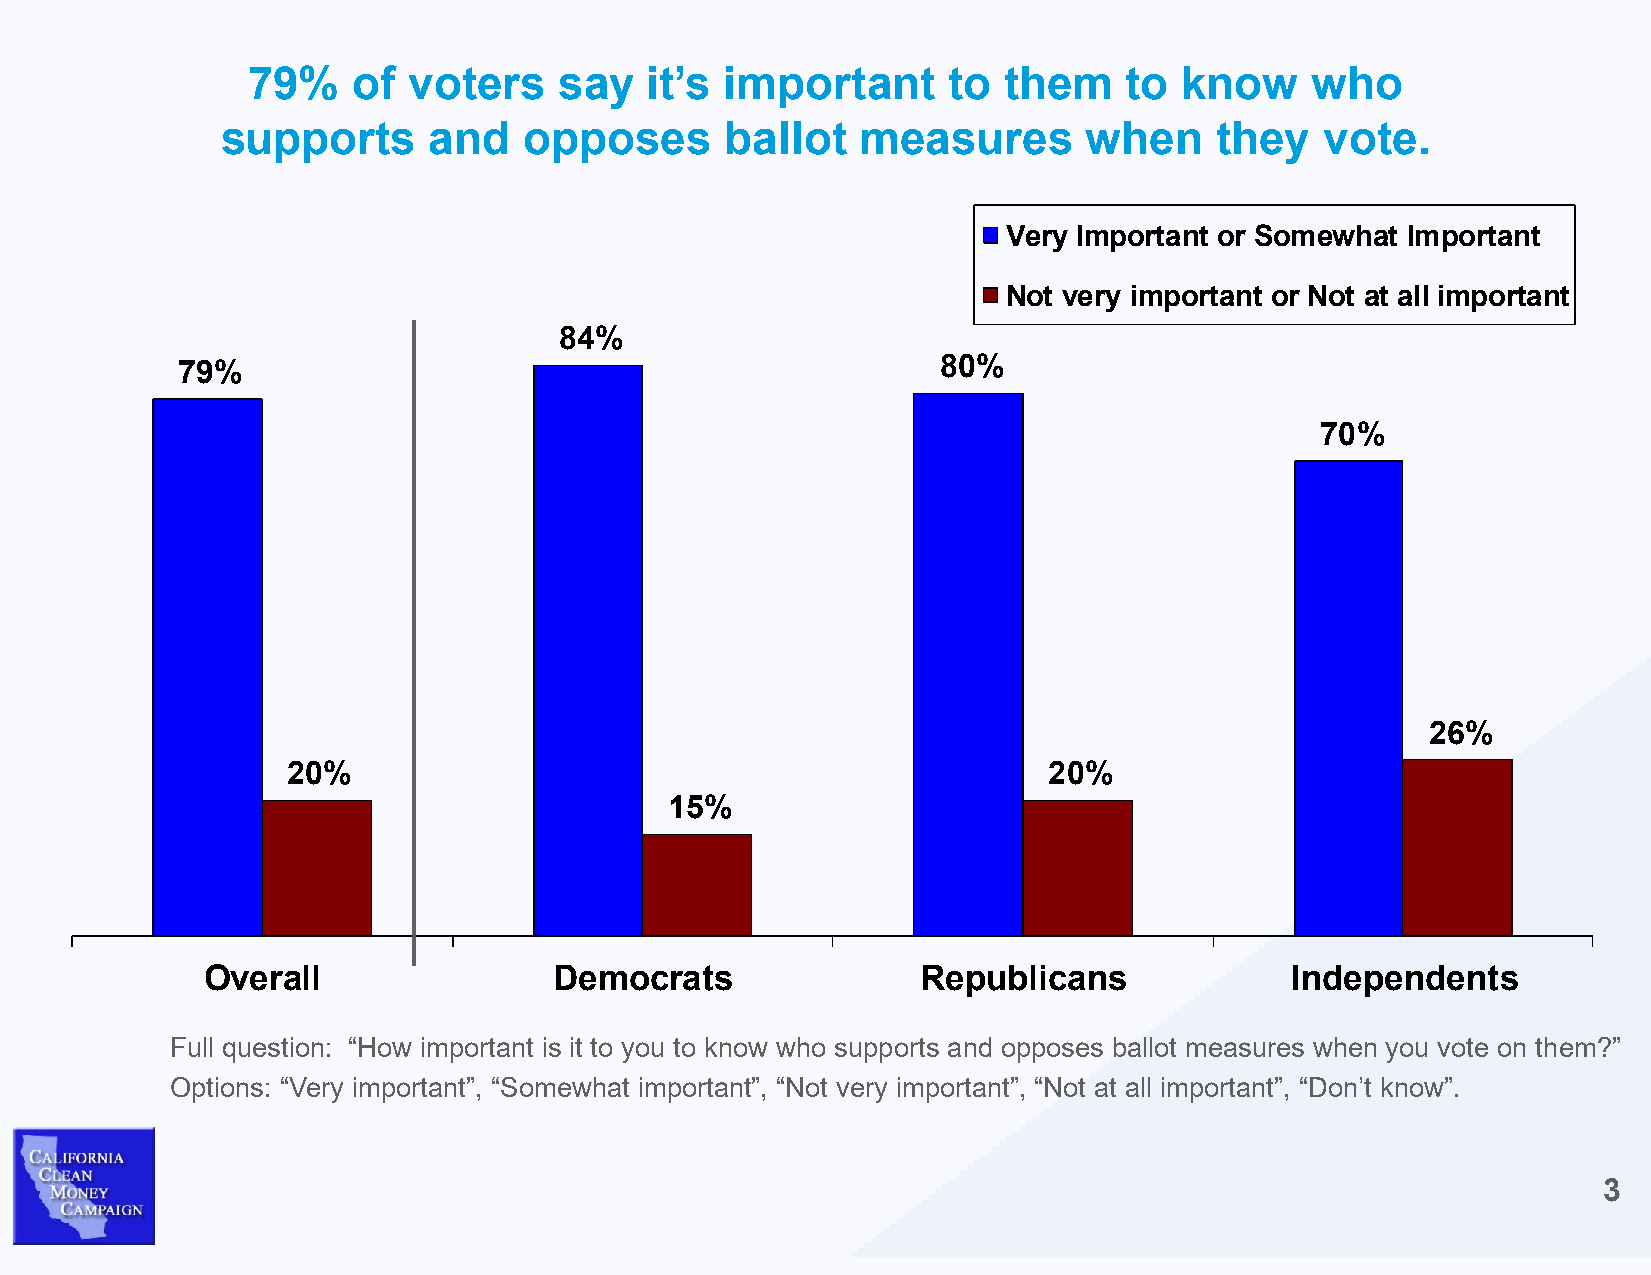
79%    of  voters    say   it’s important      to them    to  know     who
 supports     and    opposes      ballot   measures       when    they    vote.
 Very Important or Somewhat Important
 Not very important or Not at all important
 84%
 80%
 79%
 70%
 26%
 20%                                               20%
 15%
 Overall                Democrats               Republicans             Independents
 Full question: “How important is it to you to know who supports and opposes ballot measures when you vote on them?”
 Options: “Very important”, “Somewhat important”, “Not very important”, “Not at all important”, “Don’t know”.
 3